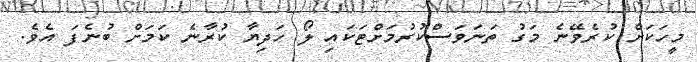
މީހަކަށް ކުރެވޭނެ މަގު ތަނަަވަސްކުރުމަށްޓަކައި ލޯ ހަދިޔާ ކުރާނެ ކަމަށް ބުނެފަ އެވެ.